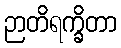
ဉာတိရက္ခိတာ